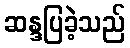
ဆန္ဒပြခဲ့သည်